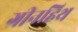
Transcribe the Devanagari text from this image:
ग्रीनहिथ